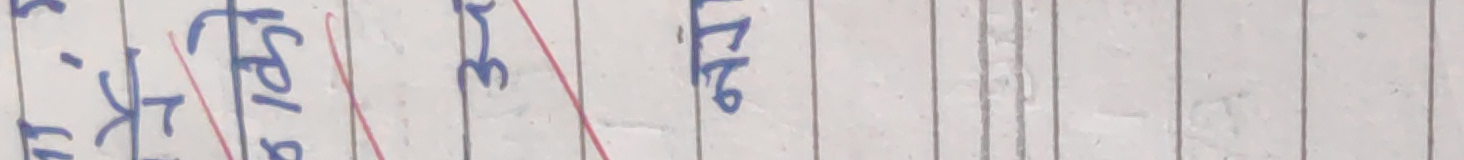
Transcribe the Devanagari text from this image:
की रा 32/2572 रा